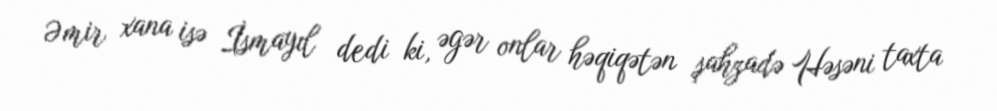
Əmir xana isə İsmayıl dedi ki, əgər onlar həqiqətən şahzadə Həsəni taxta